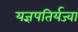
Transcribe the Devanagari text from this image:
यज्ञपतिर्यज्वा